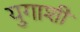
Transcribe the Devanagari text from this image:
युगाशी